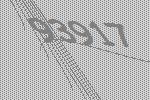
93917